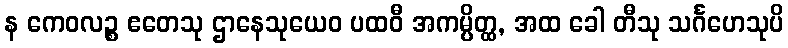
န ကေဝလဉ္စ ဧတေသု ဌာနေသုယေဝ ပထဝီ အကမ္ပိတ္ထ, အထ ခေါ တီသု သင်္ဂဟေသုပိ